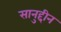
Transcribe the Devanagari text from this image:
सानुद्दीन